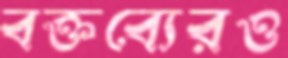
বক্তব্যেরও